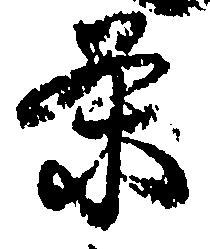
条